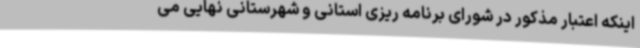
اینکه اعتبار مذکور در شورای برنامه ریزی استانی و شهرستانی نهایی می